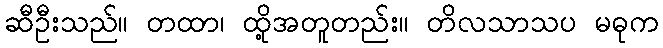
ဆီဦးသည်။ တထာ၊ ထို့အတူတည်း။ တိလသာသပ မဓုက